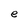
Character: e